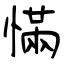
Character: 慲